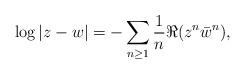
LaTeX: \begin{align*}\log|z-w|=-\sum_{n\ge1}\frac{1}{n}\Re(z^{n}\bar{w}^{n}),\end{align*}